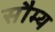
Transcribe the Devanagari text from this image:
सौम्‍य